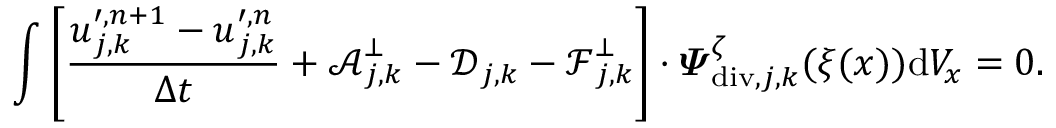
\begin{array} { r } { \displaystyle \int \left[ \frac { \boldsymbol { u } _ { j , \boldsymbol { k } } ^ { \prime , n + 1 } - \boldsymbol { u } _ { j , \boldsymbol { k } } ^ { \prime , n } } { \Delta t } + \boldsymbol { \mathcal { A } } _ { j , \boldsymbol { k } } ^ { \bot } - \boldsymbol { \mathcal { D } } _ { j , \boldsymbol { k } } - \boldsymbol { \mathcal { F } } _ { j , \boldsymbol { k } } ^ { \bot } \right] \cdot \boldsymbol { \varPsi } _ { \mathrm { d i v } , j , \boldsymbol { k } } ^ { \zeta } ( \boldsymbol { \xi } ( \boldsymbol { x } ) ) \mathrm { d } V _ { x } = 0 . } \end{array}